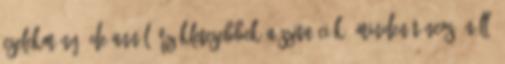
cselekmény, de annál érzékletesebbek a szituációk, minden táncos önálló